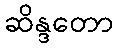
ဆိန္ဒတော